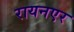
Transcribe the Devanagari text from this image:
रायनएर